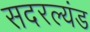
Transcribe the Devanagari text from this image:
सदरल्यंड